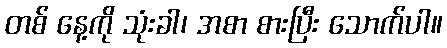
တစ် နေ့ကို သုံးခါ၊ အစာ စားပြီး သောက်ပါ။